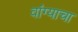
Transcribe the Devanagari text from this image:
वांग्याचा